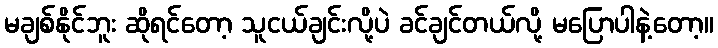
မချစ်နိုင်ဘူး ဆိုရင်တော့ သူငယ်ချင်းလို့ပဲ ခင်ချင်တယ်လို့ မပြောပါနဲ့တော့။